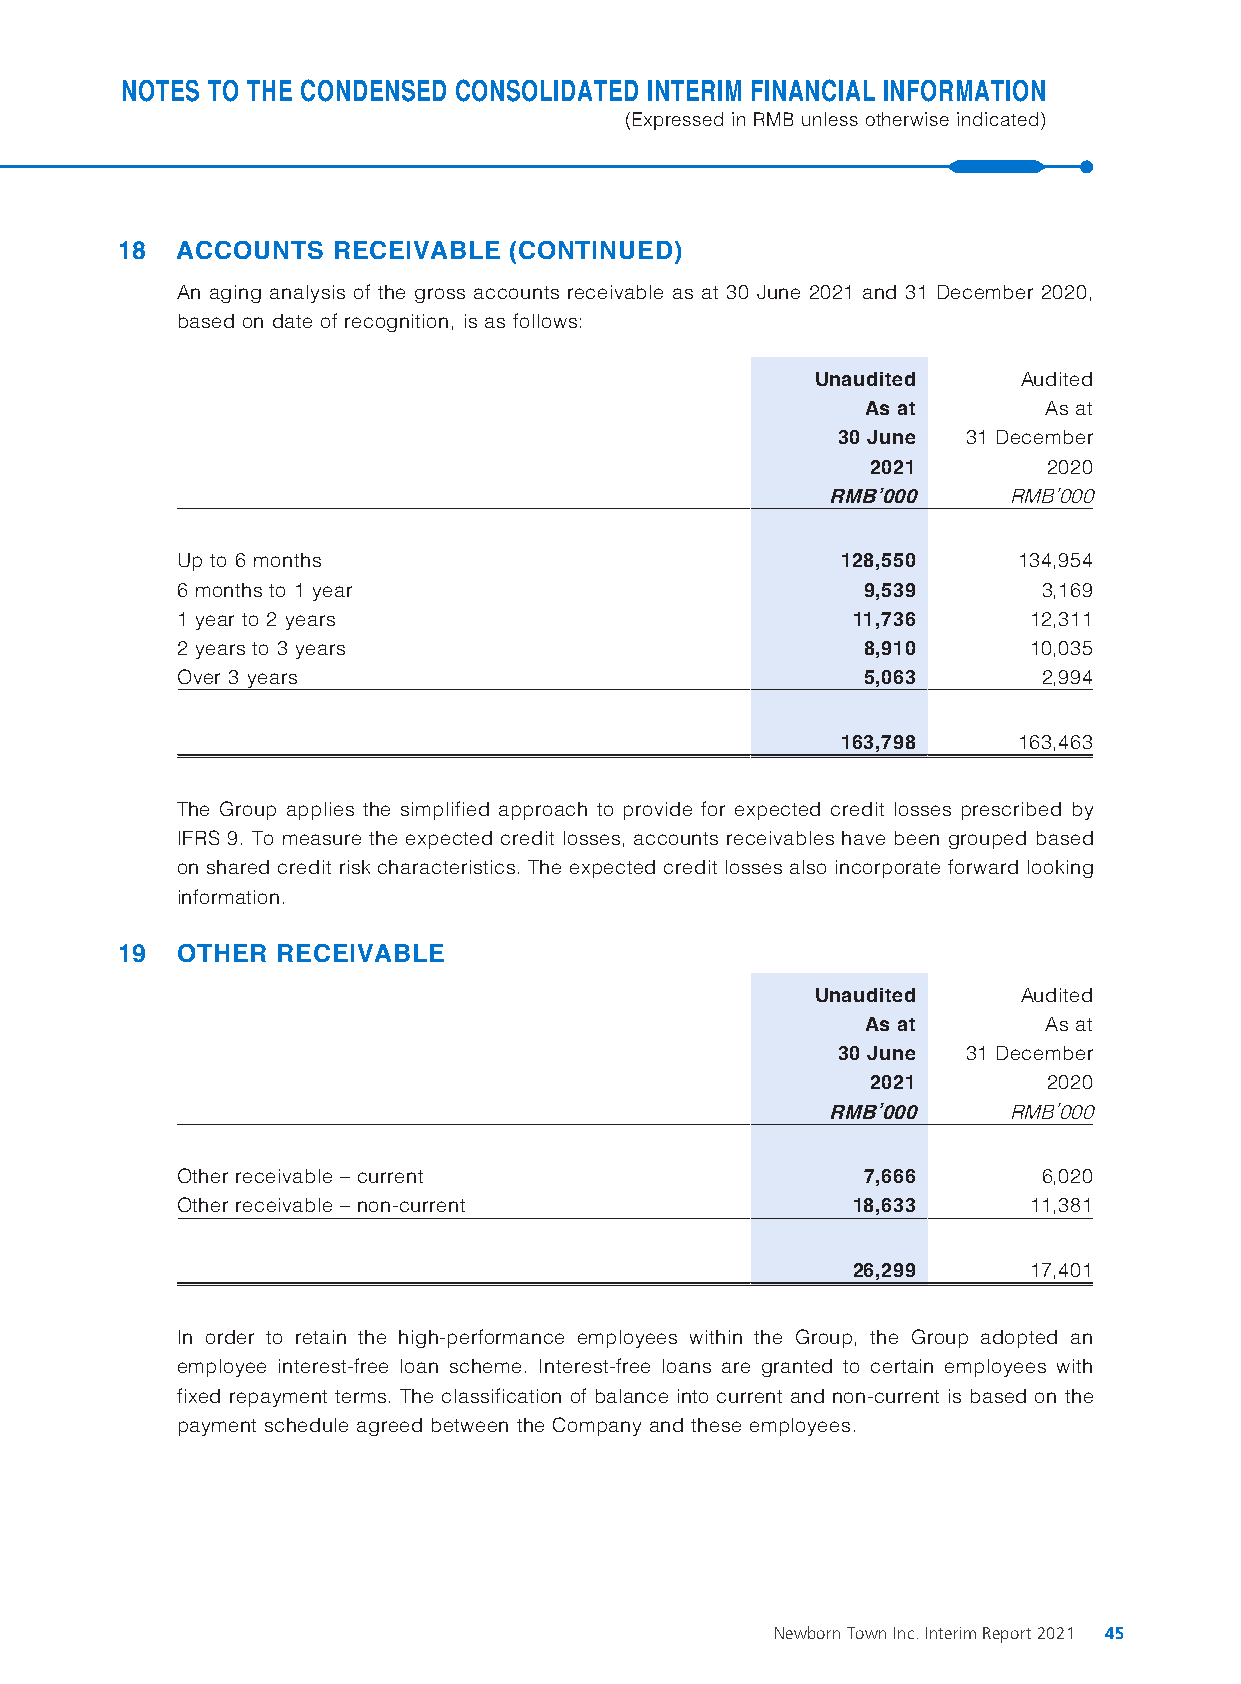
NOTES TO THE CONDENSED CONSOLIDATED INTERIM FINANCIAL INFORMATION
 (Expressed in RMB unless otherwise indicated)
 18  ACCOUNTS  RECEIVABLE  (CONTINUED)
 An aging analysis of the gross accounts receivable as at 30 June 2021 and 31 December 2020,
 based on date of recognition, is as follows:
 Unaudited     Audited
 As at       As at
 30 June  31 December
 2021       2020
 RMB’000     RMB’000
 Up to 6 months                              128,550    134,954
 6 months to 1 year                           9,539       3,169
 1 year to 2 years                           11,736      12,311
 2 years to 3 years                           8,910      10,035
 Over 3 years                                 5,063       2,994
 163,798    163,463
 The Group applies the simplified approach to provide for expected credit losses prescribed by
 IFRS 9. To measure the expected credit losses, accounts receivables have been grouped based
 on shared credit risk characteristics. The expected credit losses also incorporate forward looking
 information.
 19  OTHER RECEIVABLE
 Unaudited     Audited
 As at       As at
 30 June  31 December
 2021       2020
 RMB’000     RMB’000
 Other receivable – current                   7,666       6,020
 Other receivable – non-current              18,633      11,381
 26,299      17,401
 In order to retain the high-performance employees within the Group, the Group adopted an
 employee interest-free loan scheme. Interest-free loans are granted to certain employees with
 fixed repayment terms. The classification of balance into current and non-current is based on the
 payment schedule agreed between the Company and these employees.
 Newborn Town Inc. Interim Report 2021 45